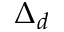
\Delta _ { d }